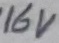
Text: 16V